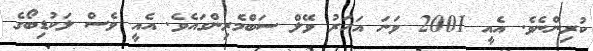
ކުރިންނެވެ. އެއީ 2001 ވަނަ އަހަރު ވޭލް ސަބްމެރިންގައެވެ. އެއީ ވެސް ލަކުޑިބޯގެ